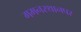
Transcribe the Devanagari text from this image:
गमनस्थानपर